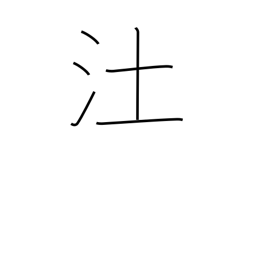
Meaning: marsh